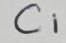
Text: C1